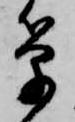
筆